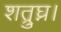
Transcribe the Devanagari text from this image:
शत्रुघ्न।